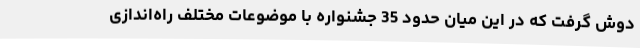
دوش گرفت که در این میان حدود 35 جشنواره با موضوعات مختلف راه‌اندازی